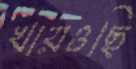
খায়ওছি